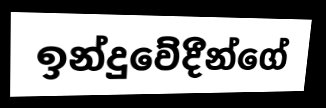
ඉන්දුවේදීන්ගේ